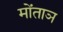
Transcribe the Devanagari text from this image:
मोंताञ